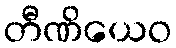
တီဏိယေဝ